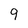
Character: 9